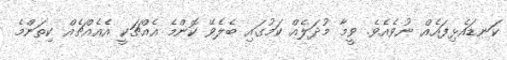
ކަނޑައެޅިފައެއް ނުވެއެވެ. ވީމާ މުދަލެއް ކަމުގައި ބެލެވޭ ކޮންމެ އެއްޗަކީ އެއެއްޗެއް ކިތަންމެ